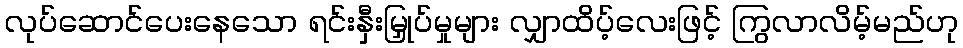
လုပ်ဆောင်ပေးနေသော ရင်းနှီးမြှုပ်မှုများ လျှာထိပ့်လေးဖြင့် ကြွလာလိမ့်မည်ဟု